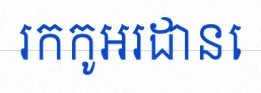
រកកូអរដោនេ